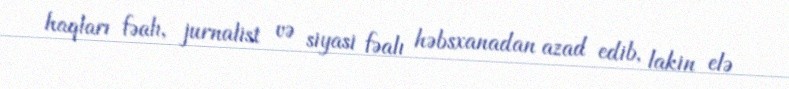
haqları fəalı, jurnalist və siyasi fəalı həbsxanadan azad edib, lakin elə